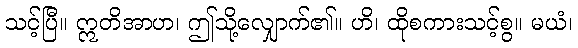
သင့်ပြီ။ ဣတိအာဟ၊ ဤသို့လျှောက်၏။ ဟိ၊ ထိုစကားသင့်စွ။ မယံ၊